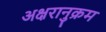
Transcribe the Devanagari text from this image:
अक्षरानुक्रम